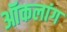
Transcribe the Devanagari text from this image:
ऑकलांग